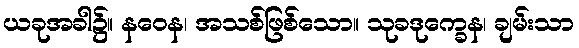
ယခုအခါ၌။ နဝေန၊ အသစ်ဖြစ်သော။ သုခဒုက္ခေန၊ ချမ်းသာ